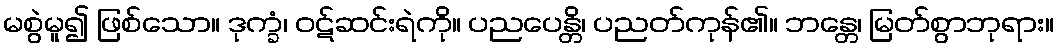
မစွဲမူ၍ ဖြစ်သော။ ဒုက္ခံ၊ ဝဋ်ဆင်းရဲကို။ ပညပေန္တိ၊ ပညတ်ကုန်၏။ ဘန္တေ၊ မြတ်စွာဘုရား။